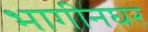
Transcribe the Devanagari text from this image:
भागीनघर